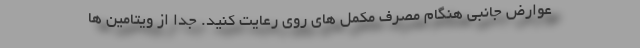
عوارض جانبی هنگام مصرف مکمل های روی رعایت کنید. جدا از ویتامین ها